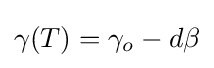
\gamma (T)=\gamma _{o}-d\beta